Rasina_vallavalitsus, lk 62
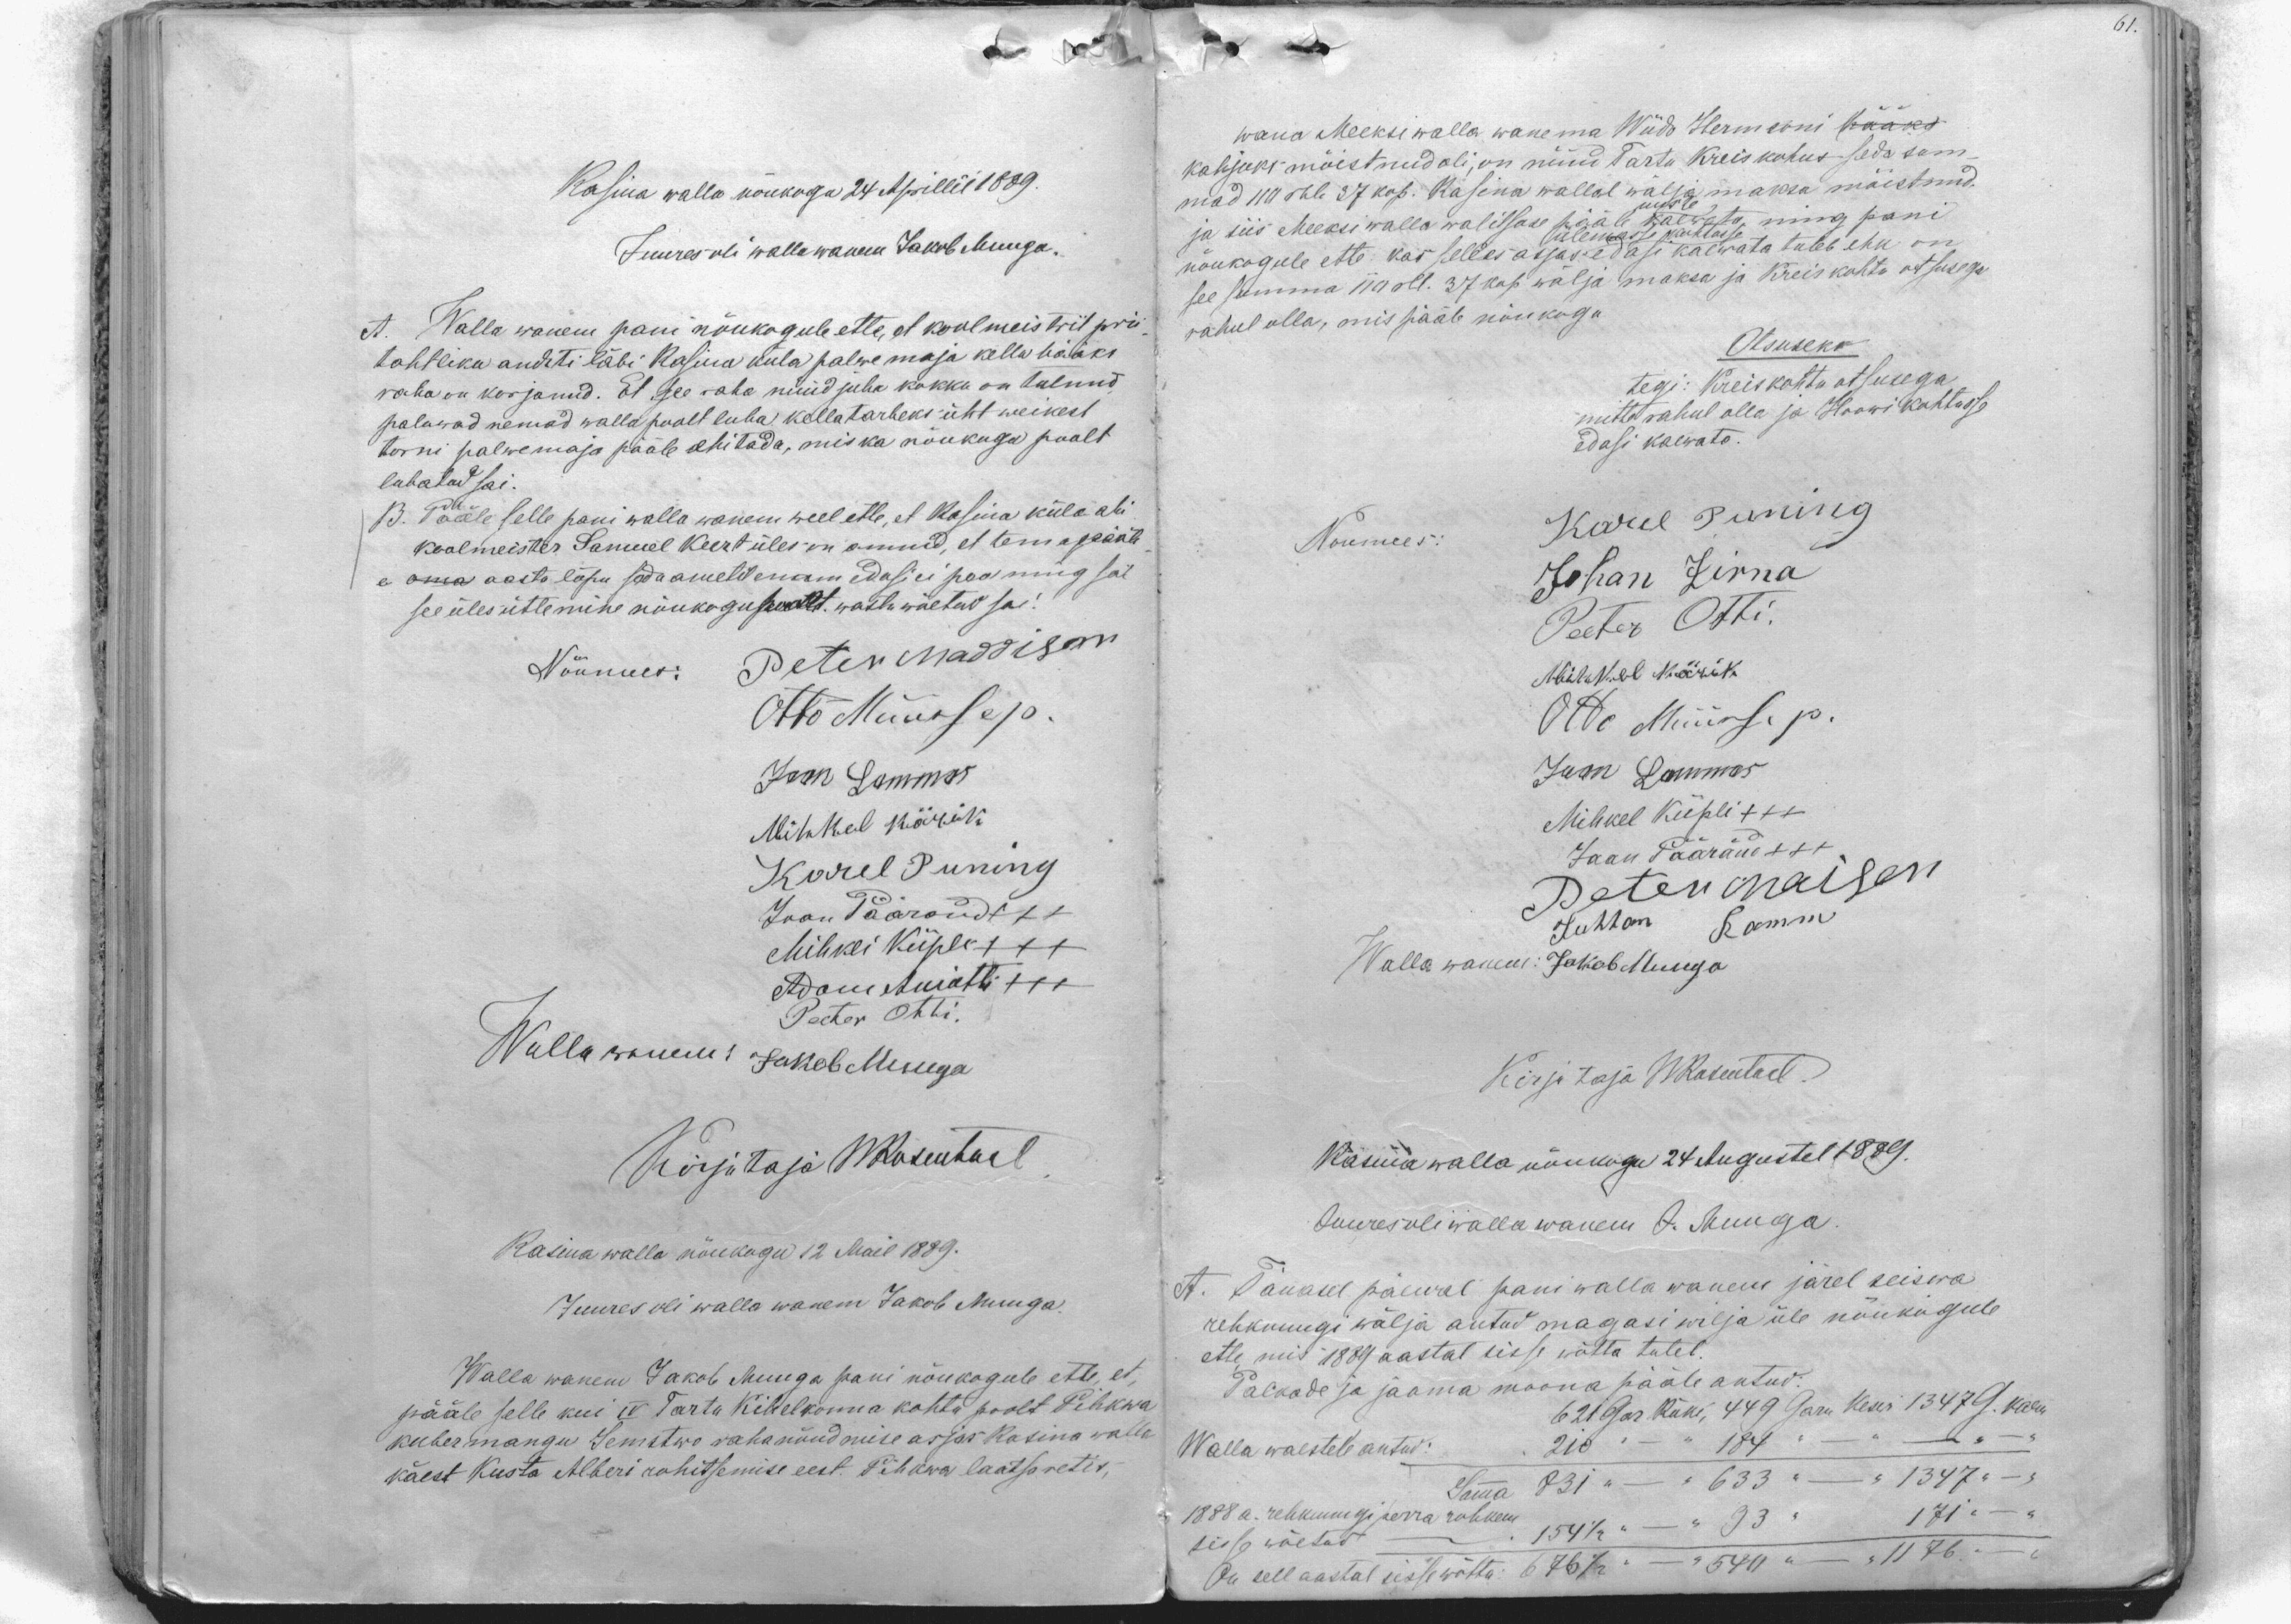
61.

Rasina walla nõukogu 24 Aprillil 1889.
Juures oli wallawanem Jakob Muuga.
A. Walla wanem pani nõukogule ette, et koolmeistrit prii-
tahtliku anditi läbi Rasina küla palwemaja kella hääks
raha on korjanud. Et see raha nüüd juba kokku on tulnud,
paluwad nemad walla poolt luba kella tarbeks üht weikest
torni palwemaja pääle ehitada, mis ka nõukogu poolt
lubatud sai.
B. Pääle selle pani walla wanem weel ette, et Rasina küla abi
koolmeister Samuel Keert üles on annud, et tema pääle
e oma aasta lõpu seda ametet enam edasi ei pea ning sai
see üles ütlemine nõukogu poolt wastu wõetud sai.
Nõumees: Peter Maddison
Otto Müürsep.
Jaan Lammas
Mihkel Kärik
Karel Puning
Jaan Päärand +++
Mihkli Kiipli XXX
Adam Aniotti XXX
Peeter Otti.
Wallawanem: Jakob Muuga
Kirjutaja WRosentaal
Rasina walla nõukogu 12 Mail 1889.
Juures oli walla wanem Jakob Muuga.
Walla wanem Jakob Muuga pani nõukogule ette, et
pääle selle kui IV Tartu Kihelkonna kohtu poolt Pihkwa
kubermangu Semstwo raha nõudmise asjas Rasina walla
käest Kusta Alberti rohitsemise eest. Pihkwa laatsaretis,

wana Meeksiwalla wanema Wiido Hermsoni hääks
kahjuks mõistnud oli, on nüüd Tartu Kreiskohus seda sam-
mad 110 rbl. 37 kop. Rasina wallal wälja maksa mõistnud.
uuste
ja siis Meeksi walla walitsuse pääle kaewata ning pani
ülemasse kohtusse
nõukogule ette kas selles asjas edasi kaewata tuleb ehk on
see summa 110 rbl. 37 kop. wälja maksa ja Kreiskohtu otsusega
rahul olla, mis pääle nõukogu
Otsuseks
tegi: Kreiskohtu otsusega
mitte rahul olla ja Hoowi kohtusse
edasi kaewata.
Noumees:
Karel Puning
Johan Zirna
Peeter Otti.
Mihkel Kärik
Otto Müürsep.
Jaan Lammas
Mihkel Kiipli +++
Jaan Pääränd +++
Peter Maison
Juhhan Ramm
Wallawanem: Jakob Muuga
Kirjutaja WRosentaal
Rasina walla nõukogu 24 Augustel 1889.
Juures oli walla wanem J. Muuga
A. Tänasel päewal pani walla wanem järel seiswa
rehknungi wälja antud magasi wilja üle nõukogule
ette, mis 1889 aastal sisse wõtta tuleb.
Palkade ja jaama moona pääle antud.
621 Gar. Ruki, 449 Garn Keswi 1347 G. kaeru
Walla waestele antud: 210 " - 184 " - "
Summa 831 " - 633 " - 1347 "
1888 a. rehknungi perra rohkem
sisse wõetud - 154 1/2 " 93 " 171 "
On sell aastal sisse wõtta: 676 1/2" 540 " 1176 "